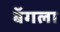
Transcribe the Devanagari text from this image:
बॅगला